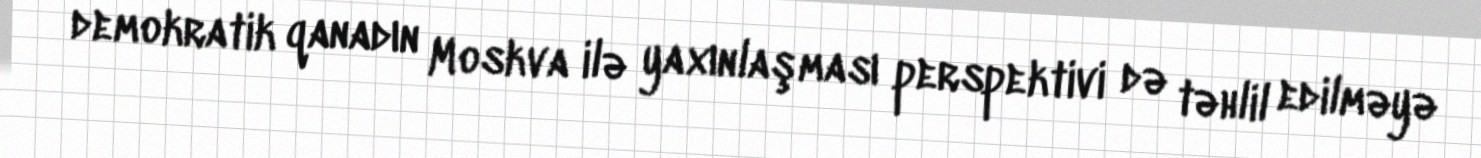
demokratik qanadın Moskva ilə yaxınlaşması perspektivi də təhlil edilməyə